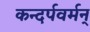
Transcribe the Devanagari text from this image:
कन्दर्पवर्मन्